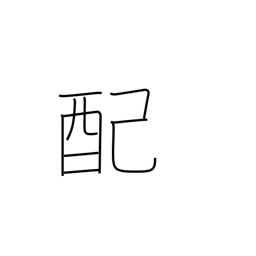
Meaning: rationing